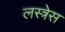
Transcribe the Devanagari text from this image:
लस्त्रेस